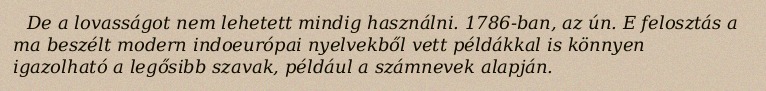
De a lovasságot nem lehetett mindig használni. 1786-ban, az ún. E felosztás a ma beszélt modern indoeurópai nyelvekből vett példákkal is könnyen igazolható a legősibb szavak, például a számnevek alapján.